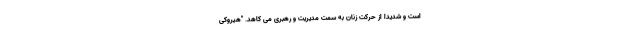
است و شدیداً از حرکت زنان به سمت مدیریت و رهبری می کاهد. "هیروکی